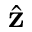
\hat { \mathbf { z } }